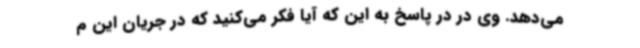
می‌دهد. وی در در پاسخ به این که آیا فکر می‌کنید که در جریان این م